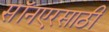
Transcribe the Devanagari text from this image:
सॉनएरसाठी